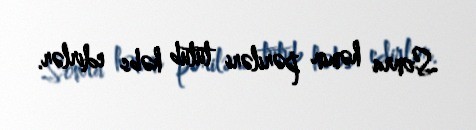
Sonra həmin pəriləri tutub həbs edirlər.